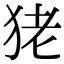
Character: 狫